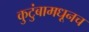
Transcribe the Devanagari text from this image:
कुटुंबामधूनच